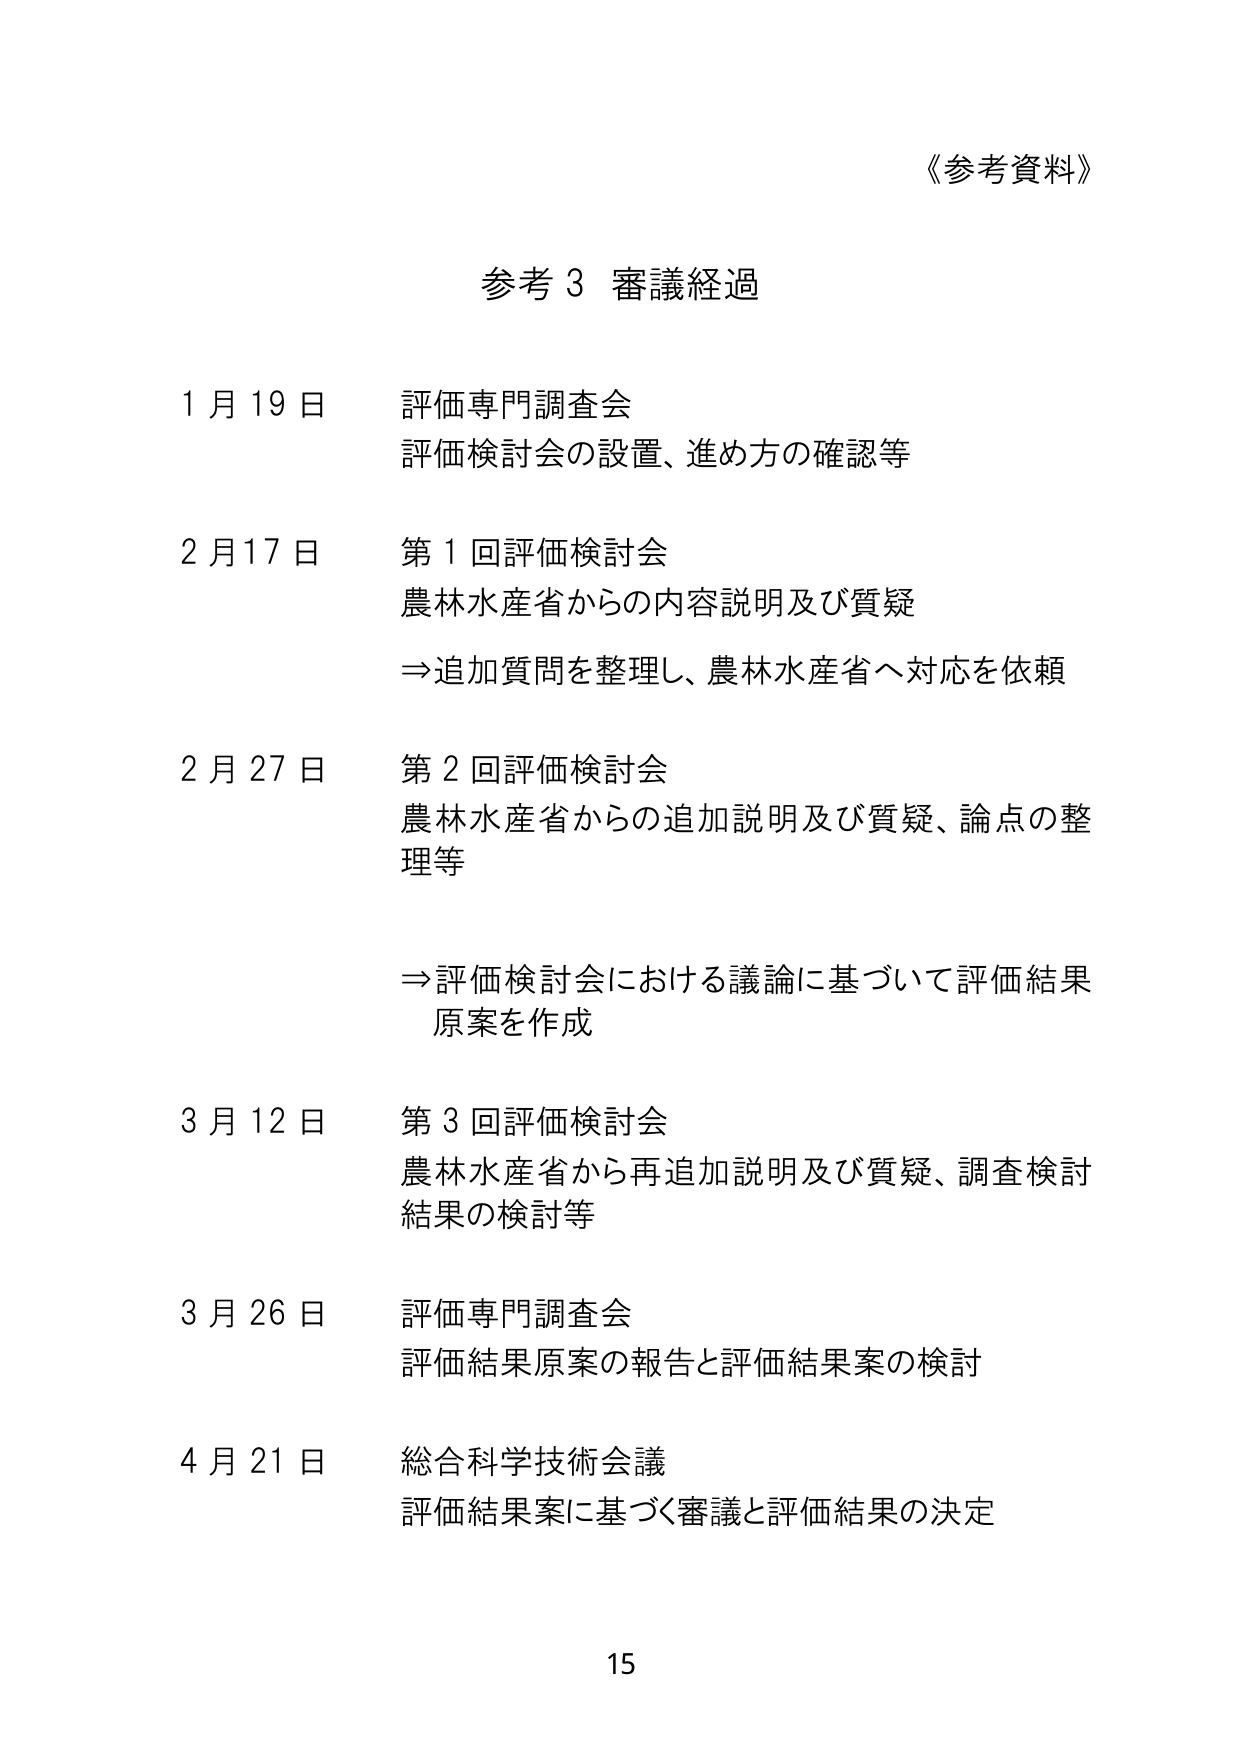
《参考資料》

参考３ 審議経過

1月19日 評価専門調査会
評価検討会の設置、進め方の確認等

2月17日 第1回評価検討会
農林水産省からの内容説明及び質疑
⇒追加質問を整理し、農林水産省へ対応を依頼

2月27日 第2回評価検討会
農林水産省からの追加説明及び質疑、論点の整理等
⇒評価検討会における議論に基づいて評価結果原案を作成

3月12日 第3回評価検討会
農林水産省から再追加説明及び質疑、調査検討結果の検討等

3月26日 評価専門調査会
評価結果原案の報告と評価結果案の検討

4月21日 総合科学技術会議
評価結果案に基づく審議と評価結果の決定

15